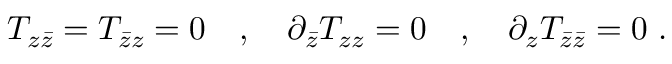
T _ { z { \bar { z } } } = T _ { { \bar { z } } z } = 0 \quad , \quad \partial _ { \bar { z } } T _ { z z } = 0 \quad , \quad \partial _ { z } T _ { { \bar { z } } { \bar { z } } } = 0 \ .